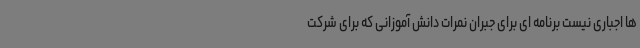
ها اجباری نیست برنامه ای برای جبران نمرات دانش آموزانی که برای شرکت